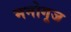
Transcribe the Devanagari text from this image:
मनोगूज